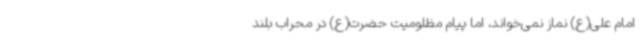
امام علی(ع) نماز نمی‌خواند، اما پیام مظلومیت حضرت(ع) در محراب بلند